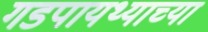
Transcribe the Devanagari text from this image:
गडपायथ्याच्या